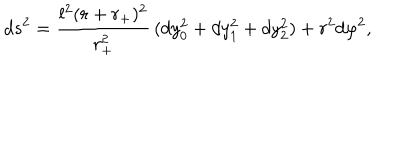
d s ^ { 2 } = \frac { l ^ { 2 } ( r + r _ { + } ) ^ { 2 } } { r _ { + } ^ { 2 } } \, ( d y _ { 0 } ^ { 2 } + d y _ { 1 } ^ { 2 } + d y _ { 2 } ^ { 2 } ) + r ^ { 2 } d \varphi ^ { 2 } ,